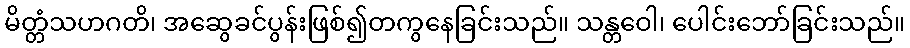
မိတ္တံသဟဂတိ၊ အဆွေခင်ပွန်းဖြစ်၍တကွနေခြင်းသည်။ သန္တဝေါ၊ ပေါင်းဘော်ခြင်းသည်။